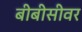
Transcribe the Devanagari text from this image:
बीबीसीवर